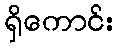
ရှိကောင်း